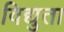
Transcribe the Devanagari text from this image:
विद्युता